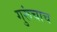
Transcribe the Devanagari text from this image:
गुरूंचाच